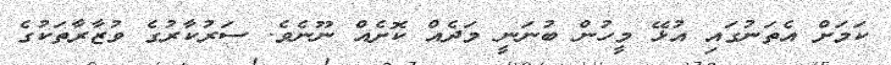
ކަމަށް އެތަނުގައި އުޅޭ މީހުން ބުނަނީ މަދެއް ކޮށެއް ނޫނެވެ. ސަރުކާރުގެ ވުޒާރާތަކުގެ